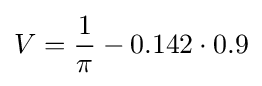
V={\frac {1}{\pi }}-0.142\cdot 0.9